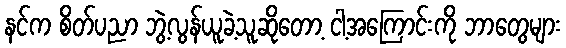
နင်က စိတ်ပညာ ဘွဲ့လွန်ယူခဲ့သူဆိုတော့ ငါ့အကြောင်းကို ဘာတွေများ